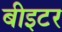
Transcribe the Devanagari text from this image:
बीइटर